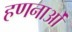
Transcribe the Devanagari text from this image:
हणनाओं